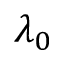
\lambda _ { 0 }